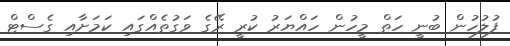
ފުލުހުން ބުނީ ހަތް މީހުން ހައްޔަރު ކުރީ ރޭގެ ވަގުތެއްގައި ކަމަށާއި ގެސްޓް